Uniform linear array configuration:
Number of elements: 24
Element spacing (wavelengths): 0.5
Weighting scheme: blackman
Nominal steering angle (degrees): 30
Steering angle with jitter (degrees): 29.276
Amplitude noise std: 0.05
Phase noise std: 0.05

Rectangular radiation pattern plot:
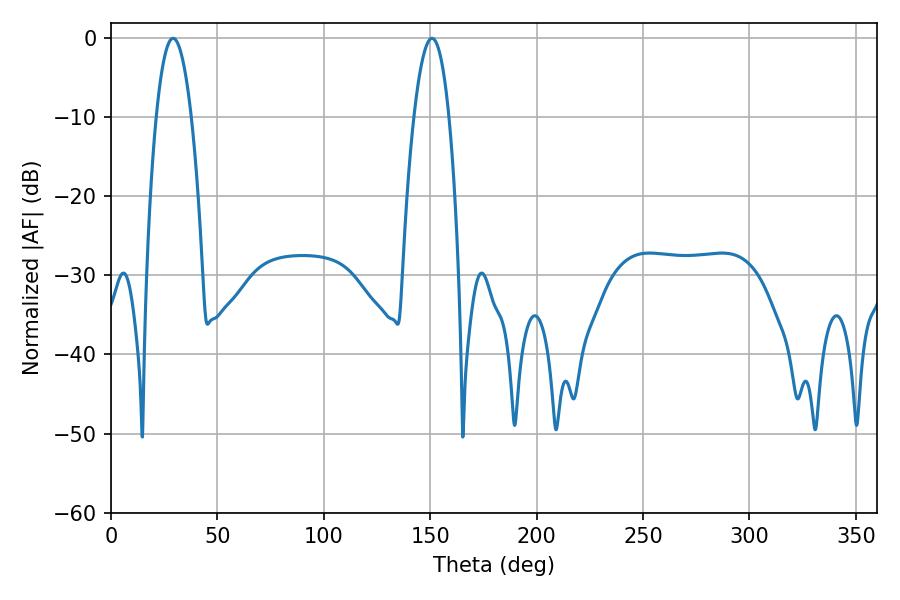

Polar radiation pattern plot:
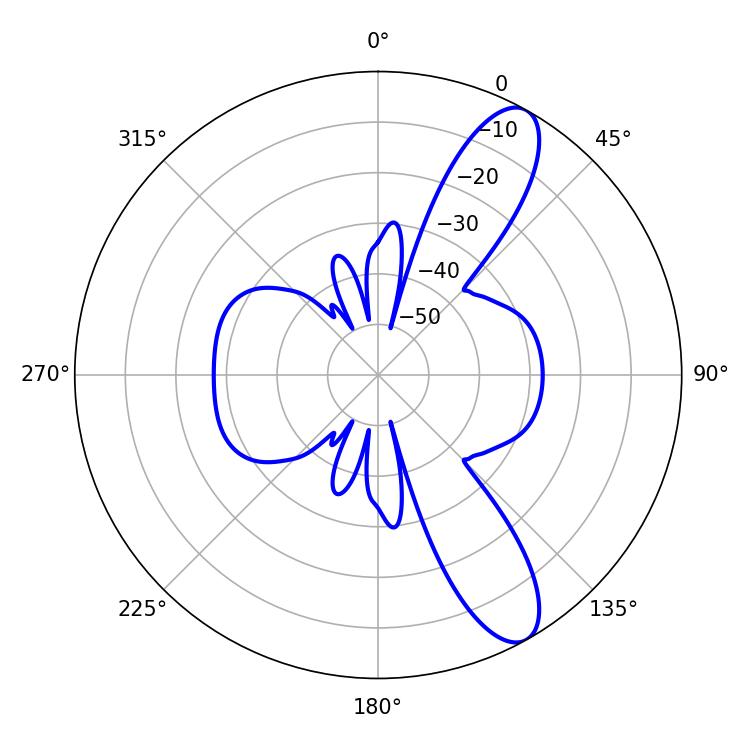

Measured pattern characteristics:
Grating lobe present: FALSE
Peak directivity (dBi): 10.81
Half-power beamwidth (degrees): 9.18
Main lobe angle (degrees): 29.16